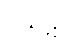
ဝိသဋာ